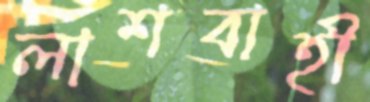
লাশবাহী